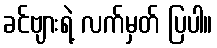
ခင်ဗျားရဲ့ လက်မှတ် ပြပါ။